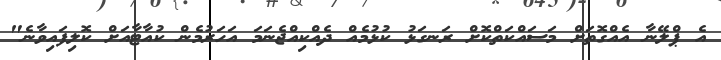
އެ ޕްލޭނާ އެއްގޮތަށް މަސައްކަތްކޮށް ރަނގަޅު ކުޅުމެއް ދެއްކިއްޖެނަމަ އަހަރުމެން ކުއާޓާއަށް ކޮލިފައިވާނެ"